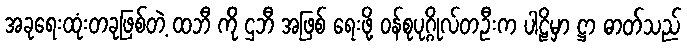
အခုရေးထုံးတခုဖြစ်တဲ့ ထဘီ ကို ဌဘီ အဖြစ် ရေးဖို့ ဝန်စုပုဂ္ဂိုလ်တဦးက ပါဠိမှာ ဋ္ဌာ ဓာတ်သည်